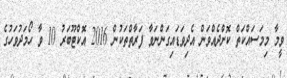
ވީމާ މިމަސައްކަތް ކޮށްދެއްވަން އެދިވަޑައިގަންނަވާ ފަރާތްތަކުން 2016 އޮކްޓޫބަރު 10 ވާ ހޯމަދުވަހުގެ